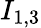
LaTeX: I_{1,3}